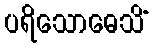
ပရိသောဓေသိံ